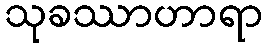
သုခဿာဟာရာ